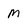
Character: M